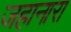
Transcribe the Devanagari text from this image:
जहानारा